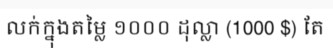
លក់ក្នុងតម្លៃ ១០០០ ដុល្លា (1000 $) តែ